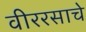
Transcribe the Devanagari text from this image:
वीररसाचे